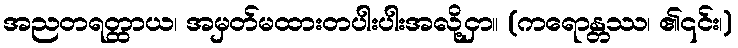
အညတရတ္ထာယ၊ အမှတ်မထားတပါးပါးအလို့ငှာ။ (ကရောန္တဿ၊ ၏၎င်း၊)